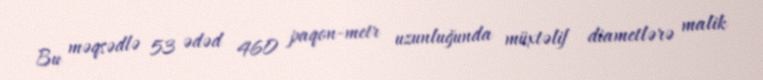
Bu məqsədlə 53 ədəd 460 paqon-metr uzunluğunda müxtəlif diametlərə malik